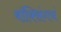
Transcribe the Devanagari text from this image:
बॉक्सिंगचं